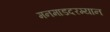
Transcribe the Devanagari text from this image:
मनमाडदरम्यान